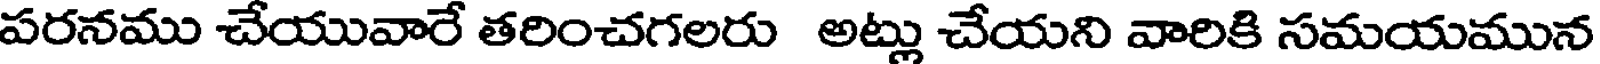
పరనము చేయువారే తరించగలరు అట్లు చేయని వారికి సమయమున